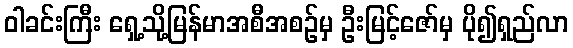
ဝါခင်းကြီး ရှေ့သို့မြန်မာအစီအစဉ်မှ ဦးမြင့်ဇော်မှ ပို၍ရှည်လာ